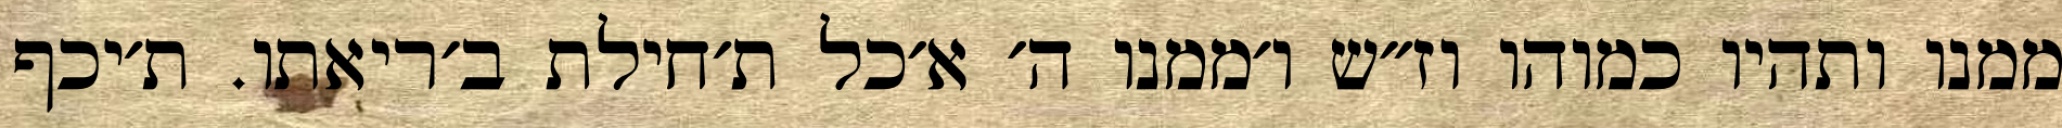
ממנו ותהיו כמוהו וז״ש ו׳ממנו ה׳ א׳כל ת׳חילת ב׳ריאתו. ת׳יכף